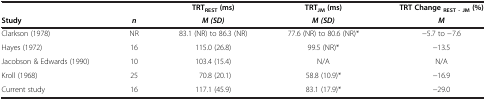
| <COLSPAN=2>  | TRTREST (ms) | TRTJM(ms) | TRT ChangeREST - JM (%) |
 | Study | n | M (SD) | M (SD) | M |
 | --- | --- | --- | --- | --- |
 | Clarkson (1978) | NR | 83.1 (NR) to 86.3 (NR) | 77.6 (NR) to 80.6 (NR)* | −5.7 to −7.6 |
 | Hayes (1972) | 16 | 115.0 (26.8) | 99.5 (NR)* | −13.5 |
 | Jacobson & Edwards (1990) | 10 | 103.4 (15.4) | N/A | N/A |
 | Kroll (1968) | 25 | 70.8 (20.1) | 58.8 (10.9)* | −16.9 |
 | Current study | 16 | 117.1 (45.9) | 83.1 (17.9)* | −29.0 |